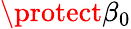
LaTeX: \protect\beta_{0}